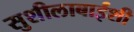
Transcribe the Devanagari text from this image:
सुशीलाबाईंशी